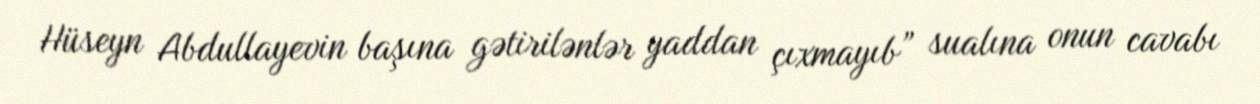
Hüseyn Abdullayevin başına gətirilənlər yaddan çıxmayıb” sualına onun cavabı